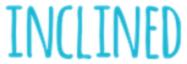
INCLINED